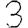
Digit: 3